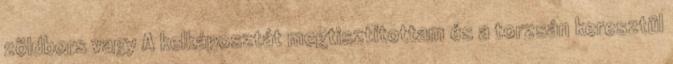
zöldbors vagy A kelkáposztát megtisztítottam és a torzsán keresztül